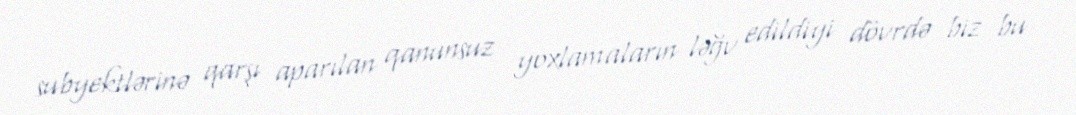
subyektlərinə qarşı aparılan qanunsuz yoxlamaların ləğv edildiyi dövrdə biz bu